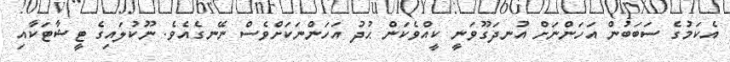
އެކަމުގެ ސަބަބުން އަހަންނަށް އުނދަގޫވަނީ ކީއްވެކަން ޙުދު އަހަންނަކަށްވެސް ނޭނގެއެވެ. ނޫކުލައިގެ ޓީޝާޓަކާއި